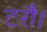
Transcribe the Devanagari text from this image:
टरौ।